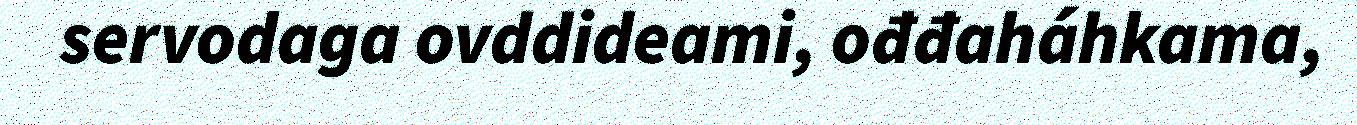
servodaga ovddideami, ođđaháhkama,